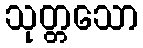
သုတ္တသော